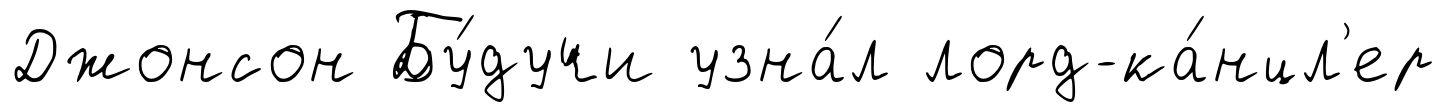
Джонсон Бу́дучи узна́л лорд-ка́нцл'ер